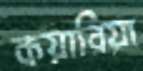
কয়ারিয়া